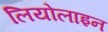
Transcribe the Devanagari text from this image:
लियोलाइन